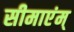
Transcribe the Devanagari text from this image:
सीमाएंम्